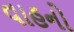
વાહનો